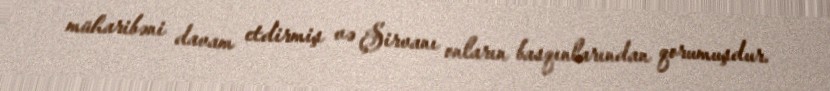
müharibəni davam etdirmiş və Şirvanı onların basqınlarından qorumuşdur.